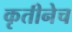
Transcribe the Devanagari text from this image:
कृतीनेच